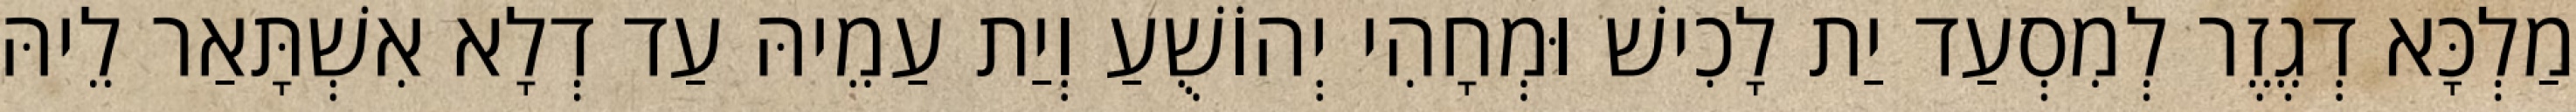
מַלְכָּא דְגֶזֶר לְמִסְעַד יַת לָכִישׁ וּמְחָהִי יְהוֹשֻׁעַ וְיַת עַמֵיהּ עַד דְלָא אִשְׁתָּאַר לֵיהּ